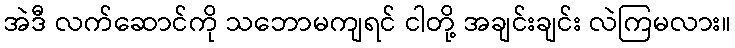
အဲဒီ လက်ဆောင်ကို သဘောမကျရင် ငါတို့ အချင်းချင်း လဲကြမလား။